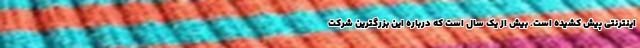
اینترنتی پیش کشیده است. بیش از یک سال است که درباره این بزرگترین شرکت